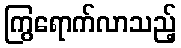
ကြွရောက်လာသည့်